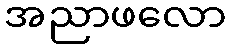
အညာဖလော